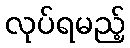
လုပ်ရမည့်